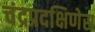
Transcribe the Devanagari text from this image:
चंद्रप्रदक्षिणेस